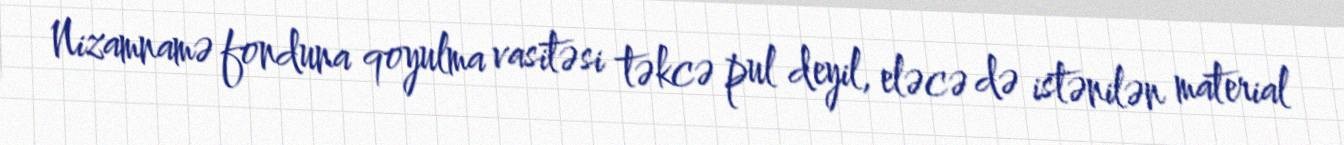
Nizamnamə fonduna qoyulma vasitəsi təkcə pul deyil, eləcə də istənilən material